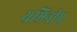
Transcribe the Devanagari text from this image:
यमिनीम्